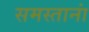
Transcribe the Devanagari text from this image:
समस्तानां